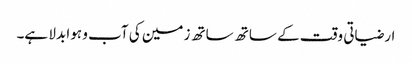
ارضیاتی وقت کے ساتھ ساتھ زمین کی آب و ہوا بدلا ہے۔